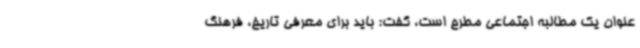
عنوان یک مطالبه اجتماعی مطرح است، گفت: باید برای معرفی تاریخ، فرهنگ